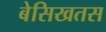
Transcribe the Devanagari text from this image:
बेसिखतस